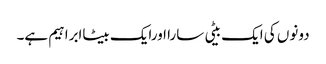
دونوں کی ایک بیٹی سارا اورایک بیٹاابراہیم ہے۔